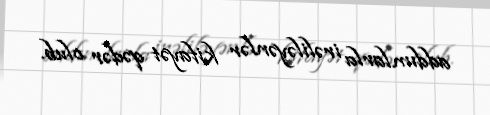
addımlarla irəliləyənlər kifayət qədər olub.